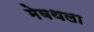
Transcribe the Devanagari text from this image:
मेवथला